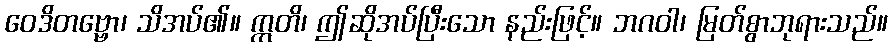
ဝေဒိတဗ္ဗော၊ သိအပ်၏။ ဣတိ၊ ဤဆိုအပ်ပြီးသော နည်းဖြင့်။ ဘဂဝါ၊ မြတ်စွာဘုရားသည်။